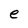
Character: e